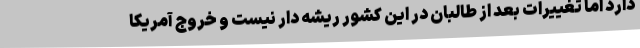
دارد اما تغییرات بعد از طالبان در این کشور ریشه دار نیست و خروج آمریکا